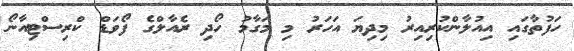
ހަފުތާގައި އިއުލާންކުރިއިރު މިދިޔަ އަހަރު މި މަގާމު ހޯދި ރެއާލްގެ ފޯވަޑް ކްރިސްޓިއާނޯ